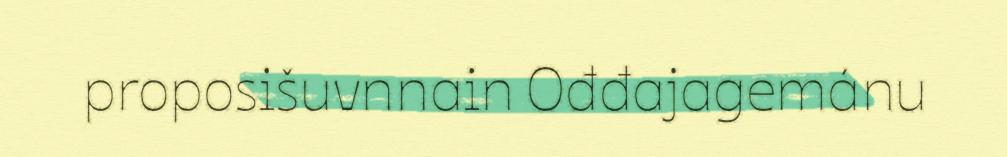
proposišuvnnain Ođđajagemánu